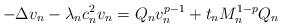
LaTeX: \begin{align*}-\Delta v_n - \lambda_n c_n^2 v_n = Q_n v_n^{p-1} + t_n M_n^{1-p} Q_n\end{align*}